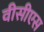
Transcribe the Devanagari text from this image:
वीसीएस